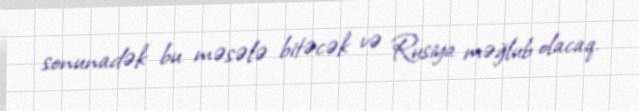
sonunadək bu məsələ bitəcək və Rusiya məğlub olacaq.